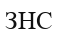
ЗНС